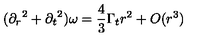
( { \partial _ { r } } ^ { 2 } + { \partial _ { t } } ^ { 2 } ) \omega = \frac { 4 } { 3 } \Gamma _ { t } r ^ { 2 } + O ( r ^ { 3 } )